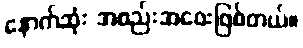
နောက်ဆုံး အစည်းအဝေးဖြစ်တယ်။